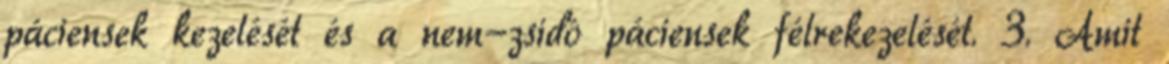
páciensek kezelését és a nem-zsidó páciensek félrekezelését. 3. Amit